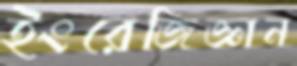
ইংরেজিজ্ঞান